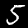
Label: 5